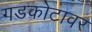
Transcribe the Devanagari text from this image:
गडकोटावर